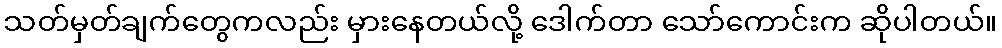
သတ်မှတ်ချက်တွေကလည်း မှားနေတယ်လို့ ဒေါက်တာ သော်ကောင်းက ဆိုပါတယ်။